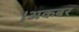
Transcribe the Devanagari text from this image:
।अकबर